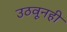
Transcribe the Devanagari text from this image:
उठवूनही